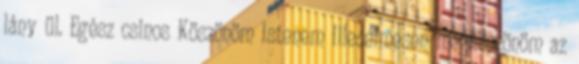
lány ül. Egész csinos Köszönöm Istenem Illedelmesen megköszönöm az